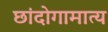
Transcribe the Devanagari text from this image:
छांदोगामात्य